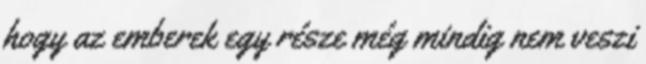
hogy az emberek egy része még mindig nem veszi